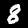
Digit: 8